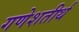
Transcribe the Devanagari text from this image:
गणेशतीर्थ